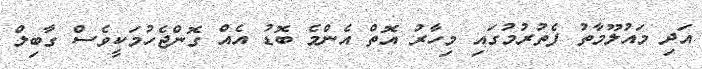
އަދި މައުލޫމާތު ފެތުރުމުގައި މިހާރު އޮތް އެންމެ ބޮޑު އެއް ގޮންޖެހުމަކީވެސް ގާބިލް